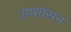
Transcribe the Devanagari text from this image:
उपशासन